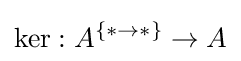
\ker :A^{\{\ast \to \ast \}}\to A